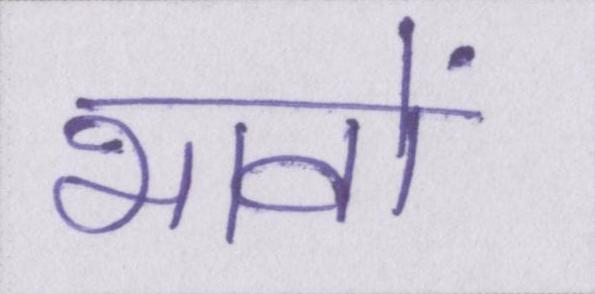
भावों